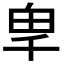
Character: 𭅡